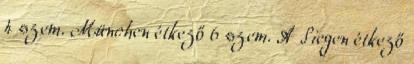
4 szem. München étkező 6 szem. A Siegen étkező